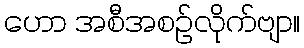
ဟော အစီအစဉ်လိုက်ဗျာ။